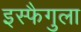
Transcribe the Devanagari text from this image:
इस्फैगुला